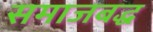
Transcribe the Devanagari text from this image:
समाजबद्ध